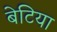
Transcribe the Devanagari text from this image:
बेटिया